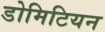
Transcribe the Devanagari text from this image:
डोमिटियन